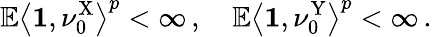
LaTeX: \mathbb{E}\left\langle\mathbf{1},\nu_{0}^{\mathrm{X}}\right\rangle^{p}<\infty\, ,\quad\mathbb{E}\left\langle\mathbf{1},\nu_{0}^{\mathrm{Y}}\right\rangle^{p}<\infty\, .